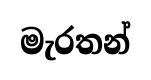
මැරතන්